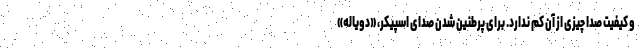
و کیفیت صدا چیزی از آن کم ندارد. برای پرطنین شدن صدای اسپیکر، «دویاله»